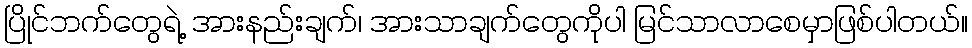
ပြိုင်ဘက်တွေရဲ့ အားနည်းချက်၊ အားသာချက်တွေကိုပါ မြင်သာလာစေမှာဖြစ်ပါတယ်။